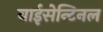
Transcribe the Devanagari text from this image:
बाईसेन्टिनल